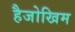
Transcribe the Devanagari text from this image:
हैजोखिम